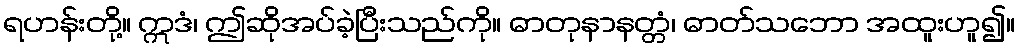
ရဟန်းတို့။ ဣဒံ၊ ဤဆိုအပ်ခဲ့ပြီးသည်ကို။ ဓာတုနာနတ္တံ၊ ဓာတ်သဘော အထူးဟူ၍။